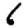
Digit: 6